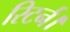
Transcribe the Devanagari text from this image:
रिटर्न।